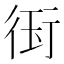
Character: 𭹊